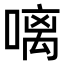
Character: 𠻗